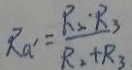
R _ { a ^ { \prime } } = \frac { R _ { 2 } \cdot R _ { 3 } } { R _ { 2 } + R _ { 3 } }